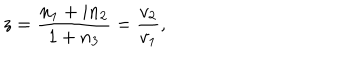
LaTeX: z = \frac { n _ { 1 } + i n _ { 2 } } { 1 + n _ { 3 } } = \frac { v _ { 2 } } { v _ { 1 } } ,